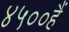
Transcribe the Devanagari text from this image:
४५००हैं